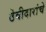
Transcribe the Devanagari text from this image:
ठेवीदारांचे